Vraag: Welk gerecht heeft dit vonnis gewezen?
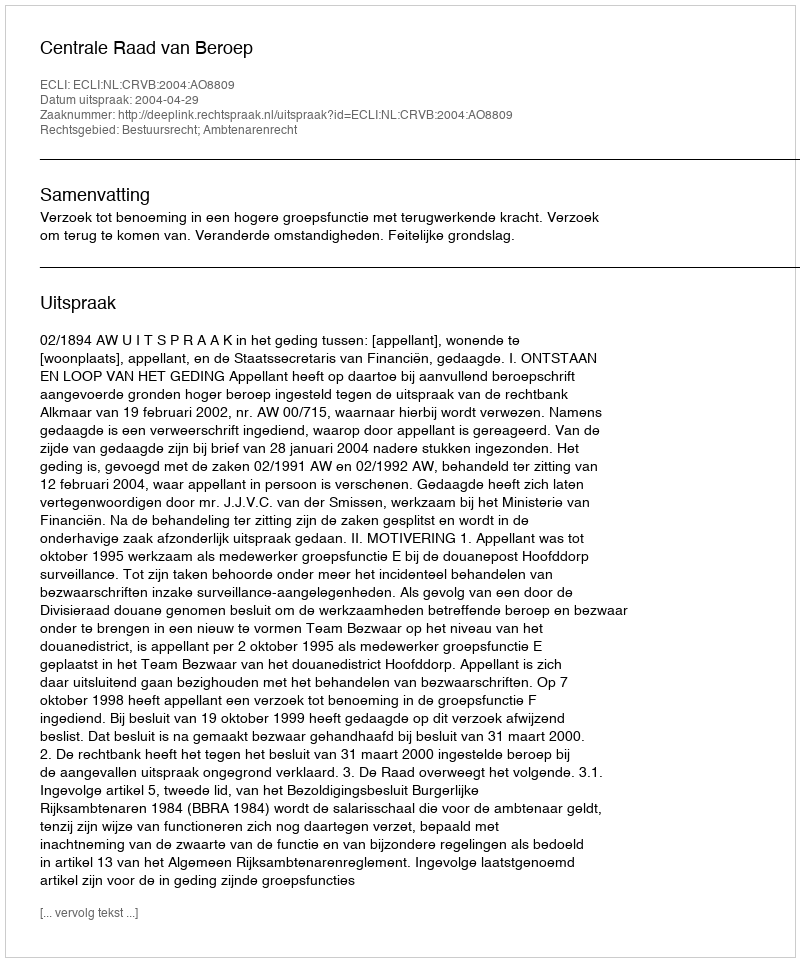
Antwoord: Centrale Raad van Beroep